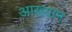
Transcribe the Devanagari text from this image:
आख्‍यान